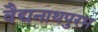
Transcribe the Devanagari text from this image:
वैद्यनाथपुरम